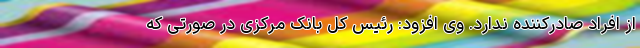
از افراد صادرکننده ندارد. وی افزود: رئیس کل بانک مرکزی در صورتی که